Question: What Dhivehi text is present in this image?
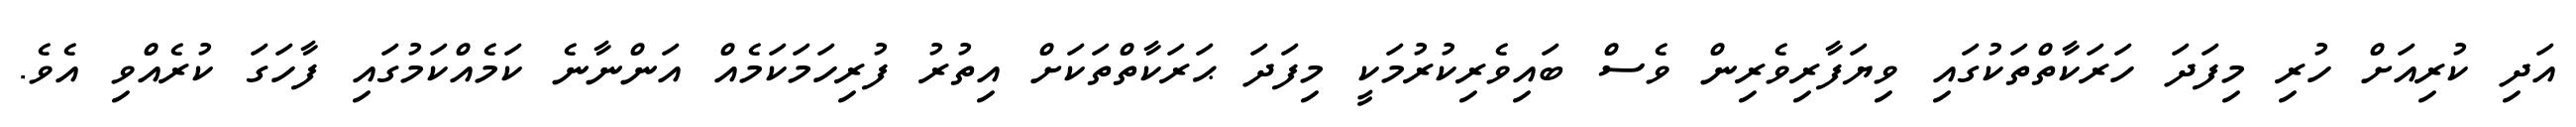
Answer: އަދި ކުރިއަށް ހުރި މިފަދަ ހަރަކާތްތަކުގައި ވިޔަފާރިވެރިން ވެސް ބައިވެރިކުރުމަކީ މިފަދަ ޙަރަކާތްތަކަށް އިތުރު ފުރިހަމަކަމެއް އަންނާނެ ކަމެއްކަމުގައި ފާހަގަ ކުރެއްވި އެވެ.